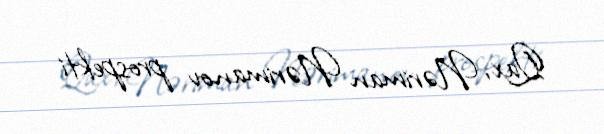
Qax, Nəriman Nərimanov prospekti